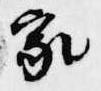
家